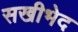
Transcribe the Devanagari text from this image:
सखीभेद